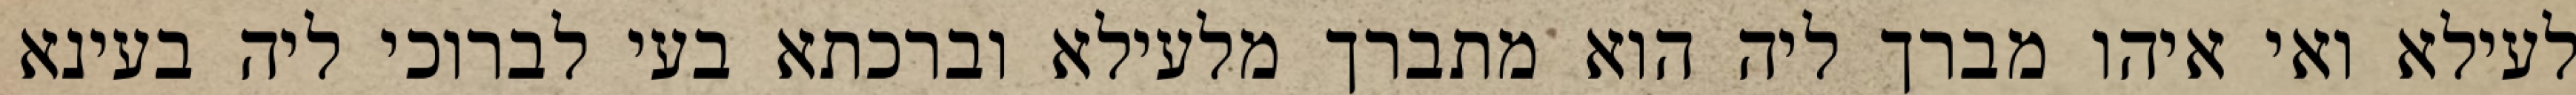
לעילא ואי איהו מברך ליה הוא מתברך מלעילא וברכתא בעי לברוכי ליה בעינא